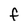
Character: F